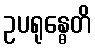
ဥပရုန္ဓေတိ